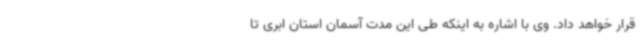
قرار خواهد داد. وی با اشاره به اینکه طی این مدت آسمان استان ابری تا